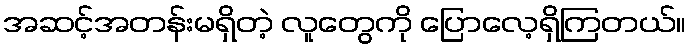
အဆင့်အတန်းမရှိတဲ့ လူတွေကို ပြောလေ့ရှိကြတယ်။